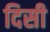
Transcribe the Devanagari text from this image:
दिसी